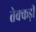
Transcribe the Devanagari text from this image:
तेक्कड़ी